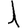
Digit: 1